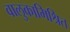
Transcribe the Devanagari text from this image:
वालुकामिश्रित